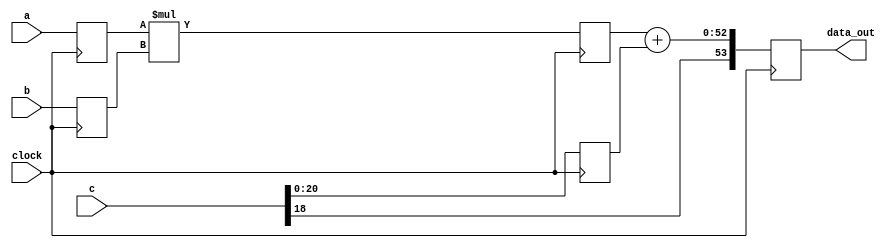
`timescale 1ns / 1ps
//------------------------------------------------------------------------------
//
// mul_sum_13_22.v
//
// Description
//     Signed multiplier 40-bit x 13-bit follows signed adder 22-bit.
//
//------------------------------------------------------------------------------


module mul_sum_13_22(
    input clock,
    input [39:0] a,
    input [12:0] b,
    input [21:0] c,
    output [53:0] data_out
    );
    
    // Behavioral model
    reg signed [39:0] a_reg;    // remaining bits from x
    reg signed [12:0] b_reg;    // sum of previous degree coeffs
    reg signed [20:0] c_reg;    // c0 coeff
    reg signed [52:0] prod;
    wire signed [52:0] sum;
    reg [53:0] result;
    
    always @ (posedge clock) begin
        a_reg <= a;
        b_reg <= b;
        c_reg <= c[20:0];
    end
    
    always @ (posedge clock) begin
        prod <= a_reg * b_reg;
    end
    
    assign sum = prod + c_reg;  // substracting as value of C1 is negative always
    
    always @ (posedge clock) begin
        result <= {1'b1,c[18],sum};
    end
    
    assign data_out = result;  
        
endmodule